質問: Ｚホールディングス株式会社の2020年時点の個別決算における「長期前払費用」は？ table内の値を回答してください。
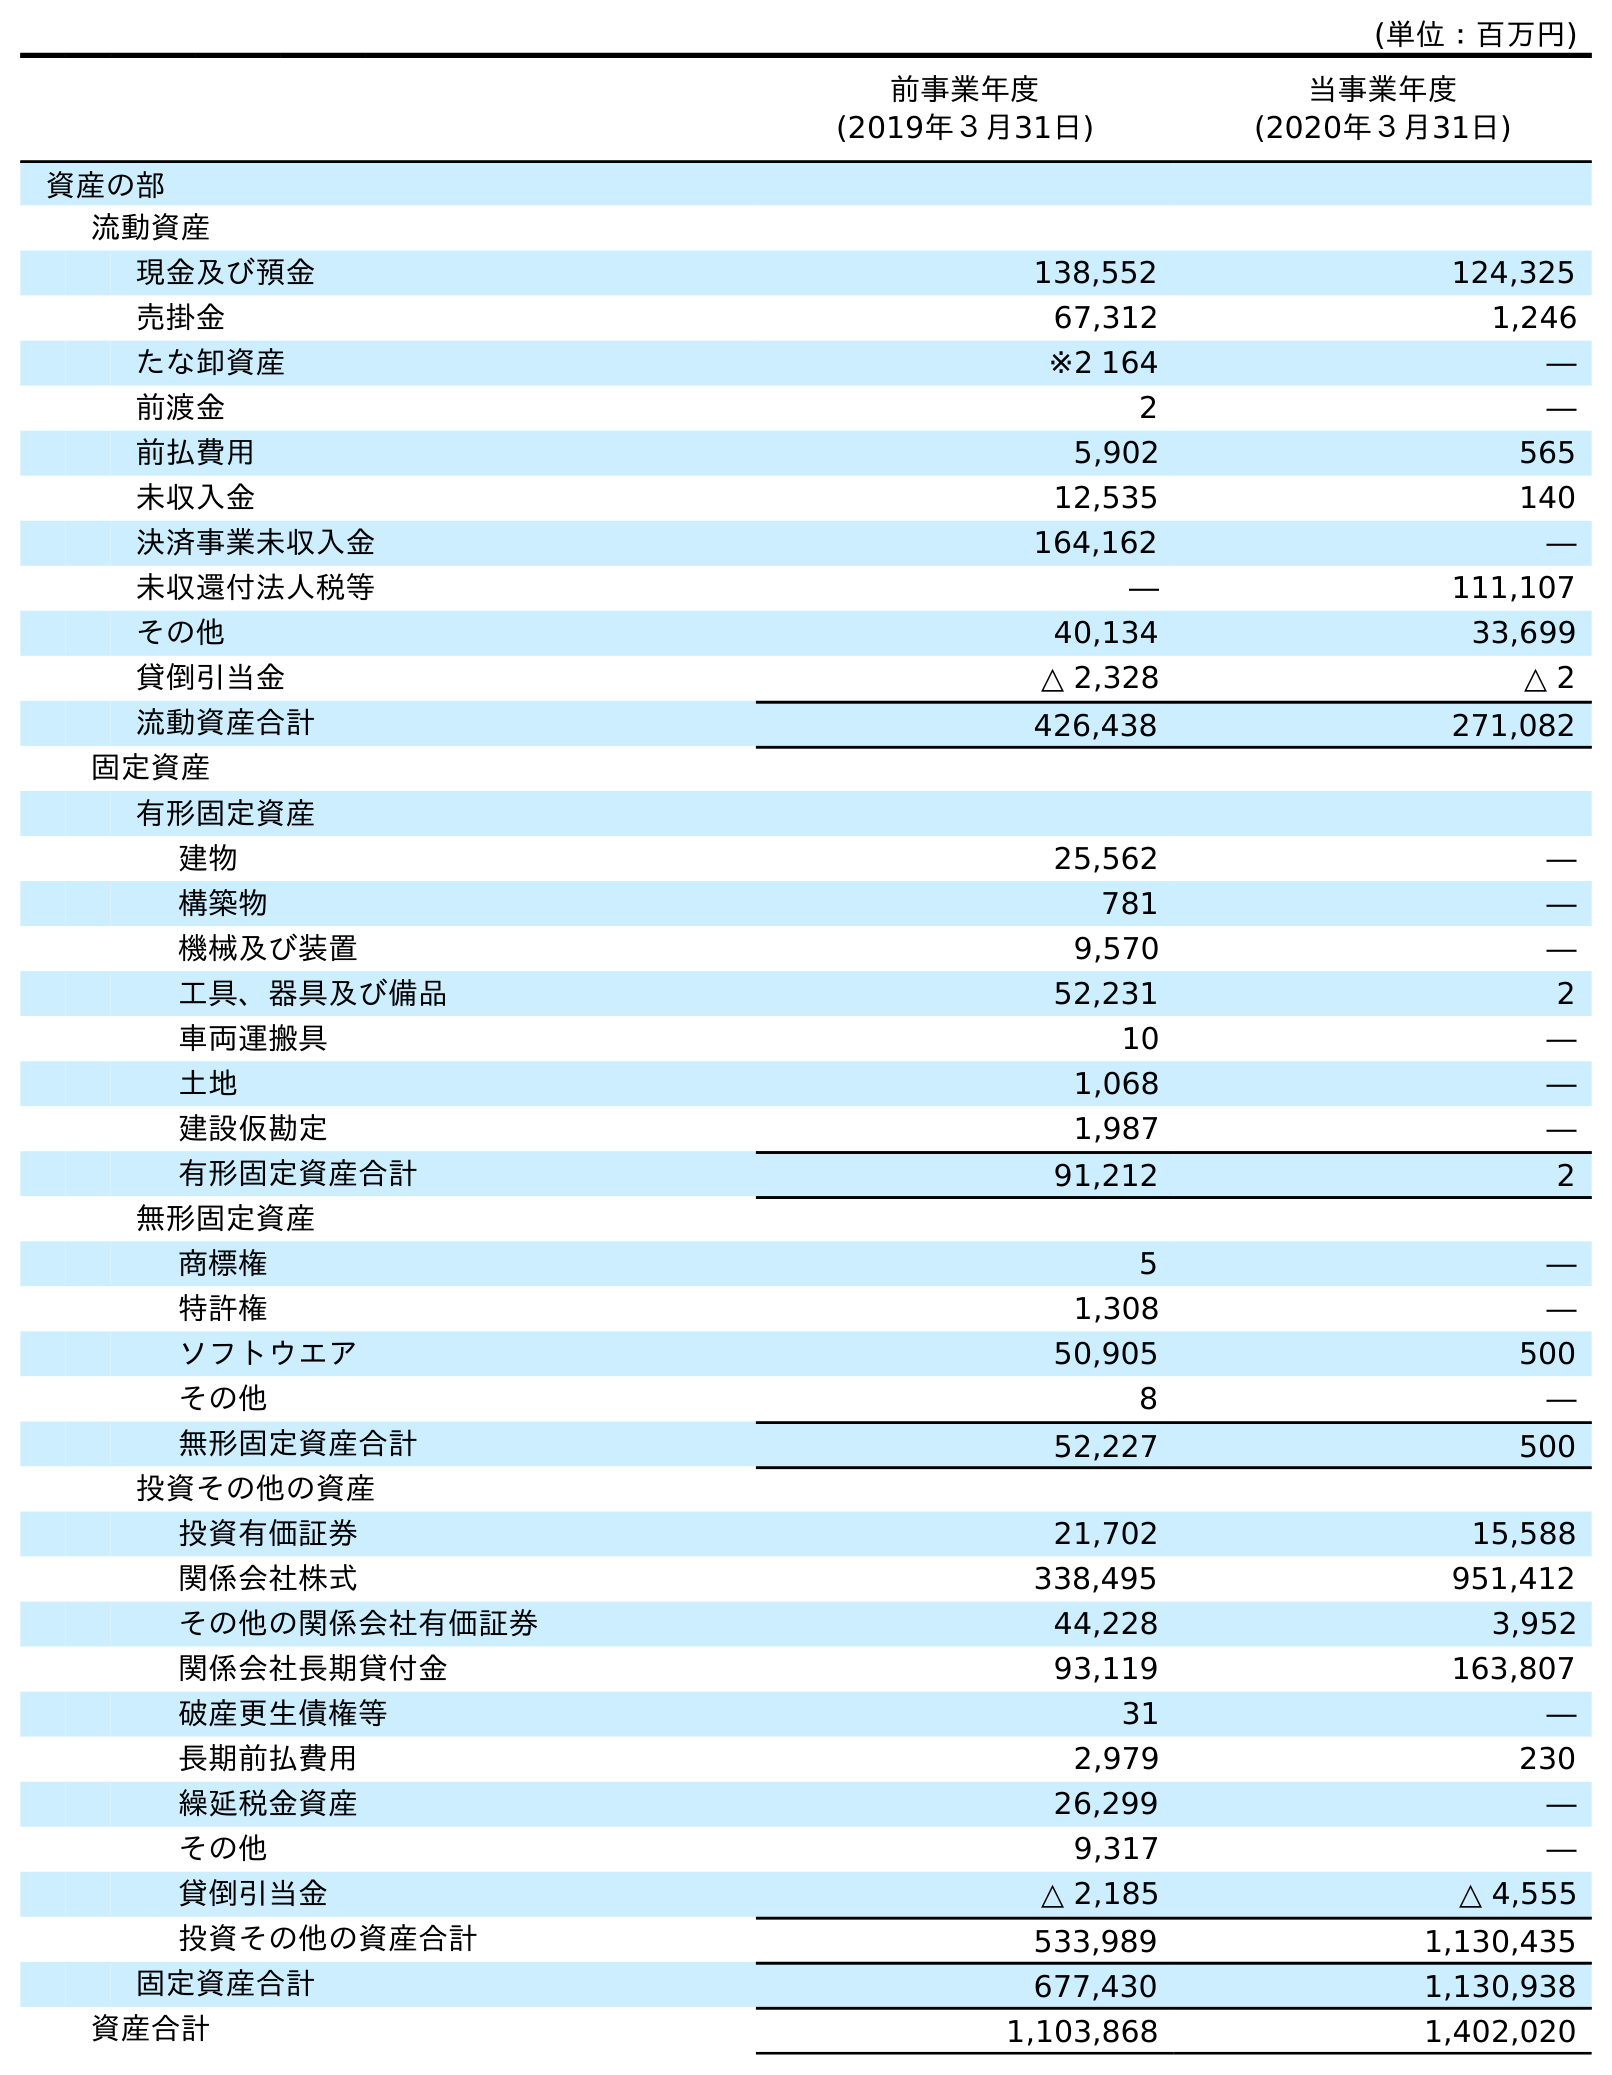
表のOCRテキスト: (単位：百万円) 前事業年度 (2019年３月31日) 当事業年度 (2020年３月31日) 資産の部 流動資産 現金及び預金 138,552 124,325 売掛金 67,312 1,246 たな卸資産 ※2 164 ― 前渡金 2 ― 前払費用 5,902 565 未収入金 12,535 140 決済事業未収入金 164,162 ― 未収還付法人税等 ― 111,107 その他 40,134 33,699 貸倒引当金 △ 2,328 △ 2 流動資産合計 426,438 271,082 固定資産 有形固定資産 建物 25,562 ― 構築物 781 ― 機械及び装置 9,570 ― 工具、器具及び備品 52,231 2 車両運搬具 10 ― 土地 1,068 ― 建設仮勘定 1,987 ― 有形固定資産合計 91,212 2 無形固定資産 商標権 5 ― 特許権 1,308 ― ソフトウエア 50,905 500 その他 8 ― 無形固定資産合計 52,227 500 投資その他の資産 投資有価証券 21,702 15,588 関係会社株式 338,495 951,412 その他の関係会社有価証券 44,228 3,952 関係会社長期貸付金 93,119 163,807 破産更生債権等 31 ― 長期前払費用 2,979 230 繰延税金資産 26,299 ― その他 9,317 ― 貸倒引当金 △ 2,185 △ 4,555 投資その他の資産合計 533,989 1,130,435 固定資産合計 677,430 1,130,938 資産合計 1,103,868 1,402,020
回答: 230